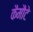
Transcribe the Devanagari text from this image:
कैमौटे